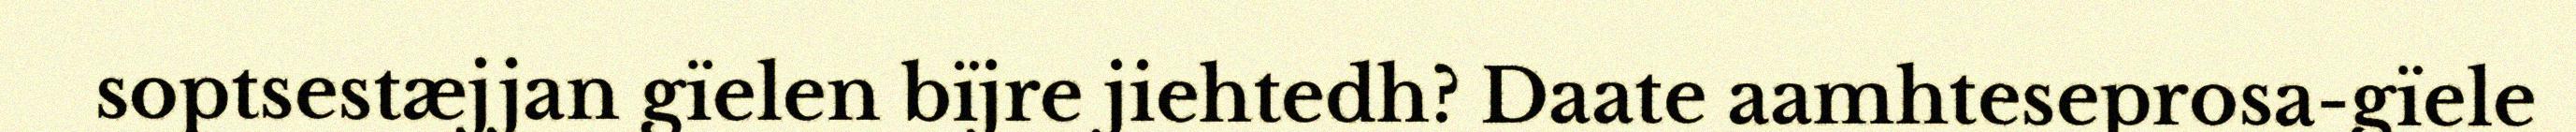
soptsestæjjan gïelen bïjre jiehtedh? Daate aamhteseprosa-gïele